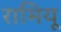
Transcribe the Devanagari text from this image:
रामियू